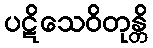
ပဋိသေဝိတုန္တိ